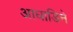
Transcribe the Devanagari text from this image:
आघाडिने